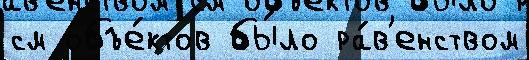
см объе́ктов бы́ло ра́в'енством